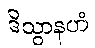
ဒိသွာနဟံ